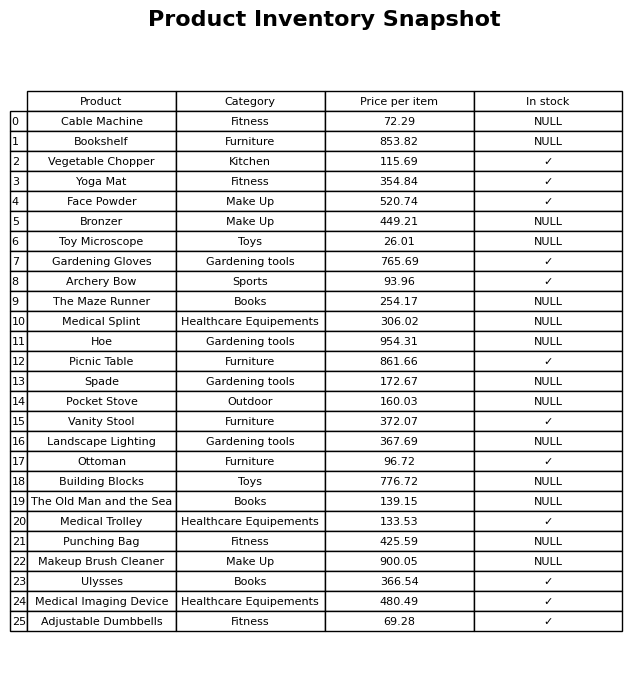
question: What category does the The Maze Runner belong to?
answer: Books